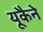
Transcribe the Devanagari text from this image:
यूकैने